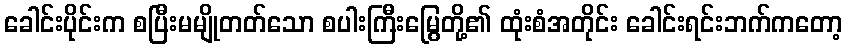
ခေါင်းပိုင်းက စပြီးမမျိုတတ်သော စပါးကြီးမြွေတို့၏ ထုံးစံအတိုင်း ခေါင်းရင်းဘက်ကတော့